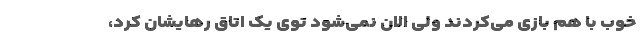
خوب با هم بازی می‌کردند ولی الان نمی‌شود توی یک اتاق رهایشان کرد،